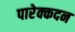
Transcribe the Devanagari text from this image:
पारेक्कदन